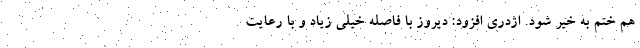
هم ختم به خیر شود. اژدری افزود: دیروز با فاصله خیلی زیاد و با رعایت